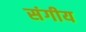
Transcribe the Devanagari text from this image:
संगीय